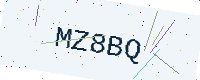
Text: MZ8BQ